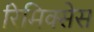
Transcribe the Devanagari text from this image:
रिमिक्सेस